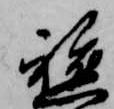
飃